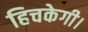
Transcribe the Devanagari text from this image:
हिचकेगी।